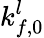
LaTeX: k_{f,0}^{l}